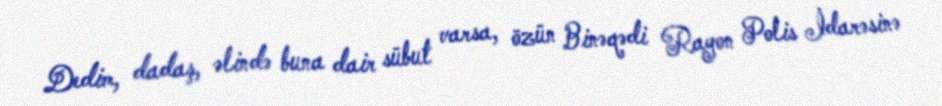
Dedim, dadaş, əlində buna dair sübut varsa, özün Binəqədi Rayon Polis İdarəsinə